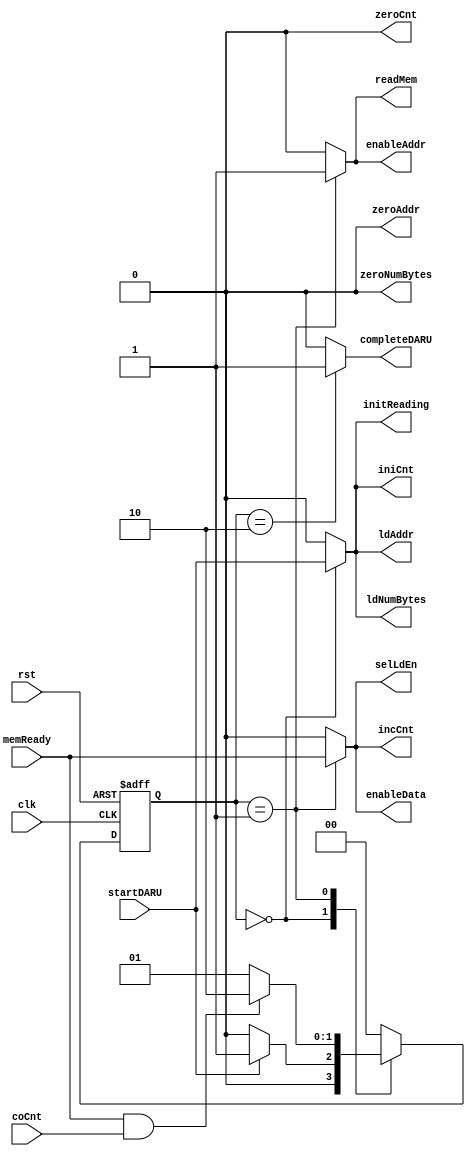
// **************************************************************************************
// Project: AFTAB
// Version: 1.0
// Date:
//
// Module Name: aftab_DARU_controller
// Description:
//
// Dependencies:
//
// File content description:
// DARU_cu for AFTAB DARU
//
// **************************************************************************************
`timescale 1ns/1ns

`define waitforStart 2'b00
`define waitforMemready 2'b01
`define complete 2'b10

module aftab_DARU_controller(
    input clk,
    input rst,
    input startDARU,
    input coCnt,
    input memReady,
    output reg iniCnt,
    output reg ldAddr,
    output reg zeroAddr,
    output reg zeroNumBytes,
    output reg initReading,
    output reg ldNumBytes,
    output reg selLdEn,
    output reg readMem,
    output reg enableAddr,
    output reg enableData,
    output reg incCnt,
    output reg zeroCnt,
    output reg completeDARU
);

    reg [1:0] ns, ps;
    reg ldS, zeroS;
    wire loadSUB;

    always @(posedge clk, posedge rst) begin
        if(rst)
            ps <= `waitforStart;
        else
            ps <= ns;
    end

    always @(ps, startDARU, coCnt, memReady) begin
        case (ps)
            `waitforStart: ns = (startDARU) ? `waitforMemready : `waitforStart;
            `waitforMemready: ns = (memReady & coCnt) ? `complete : `waitforMemready;
            `complete: ns = `waitforStart;
            default: ns = `waitforStart;
        endcase
    end

    always @(ps, startDARU, coCnt, memReady) begin
        {iniCnt, ldAddr, zeroCnt, zeroAddr, zeroNumBytes, ldNumBytes, selLdEn,
        readMem, enableAddr, enableData, incCnt, completeDARU, initReading} = 13'b0;
        case (ps)
            `waitforStart: {iniCnt, ldAddr, ldNumBytes, initReading} = {startDARU, startDARU, startDARU, startDARU};
            `waitforMemready: {selLdEn, enableData, readMem, enableAddr, incCnt} = {memReady, memReady, 1'b1, 1'b1, memReady};
            `complete: {completeDARU} = 1'b1;
        endcase
    end

endmodule